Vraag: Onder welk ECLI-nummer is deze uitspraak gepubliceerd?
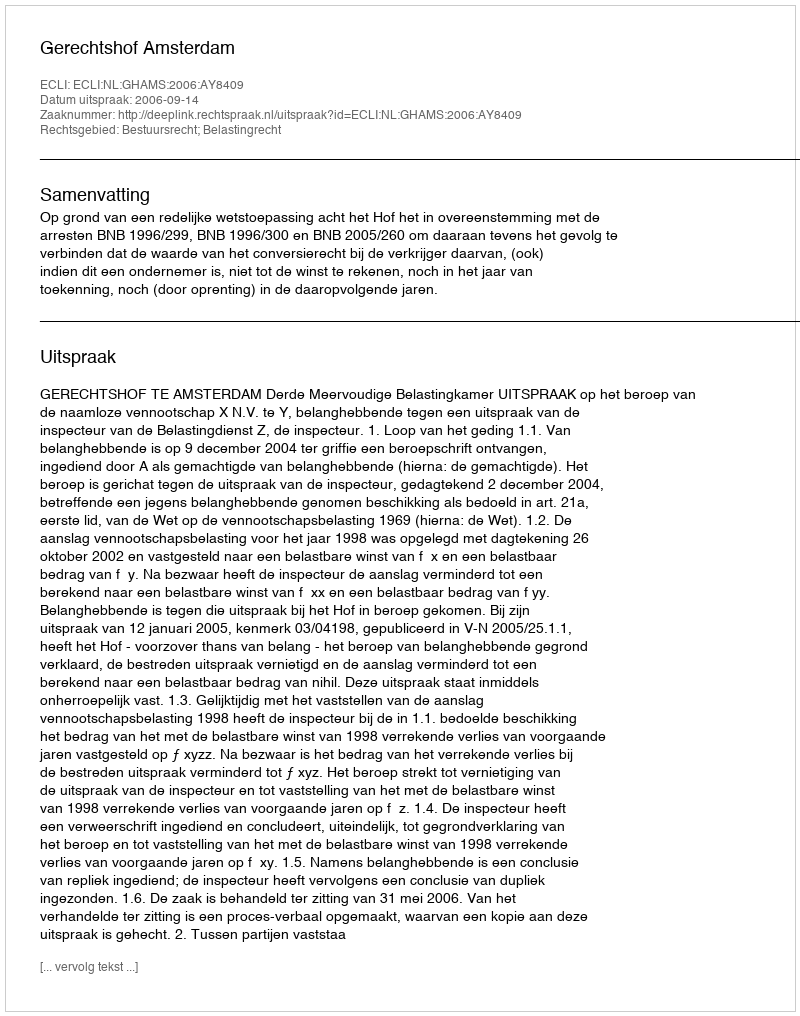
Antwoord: ECLI:NL:GHAMS:2006:AY8409